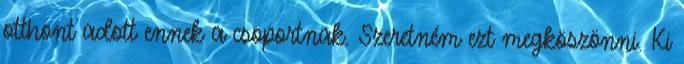
otthont adott ennek a csoportnak. Szeretném ezt megköszönni. Ki